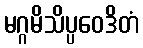
မဂ္ဂမိသိပ္ပဝေဒိတံ